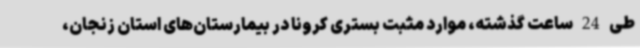
طی 24 ساعت گذشته، موارد مثبت بستری کرونا در بیمارستان‌های استان زنجان،